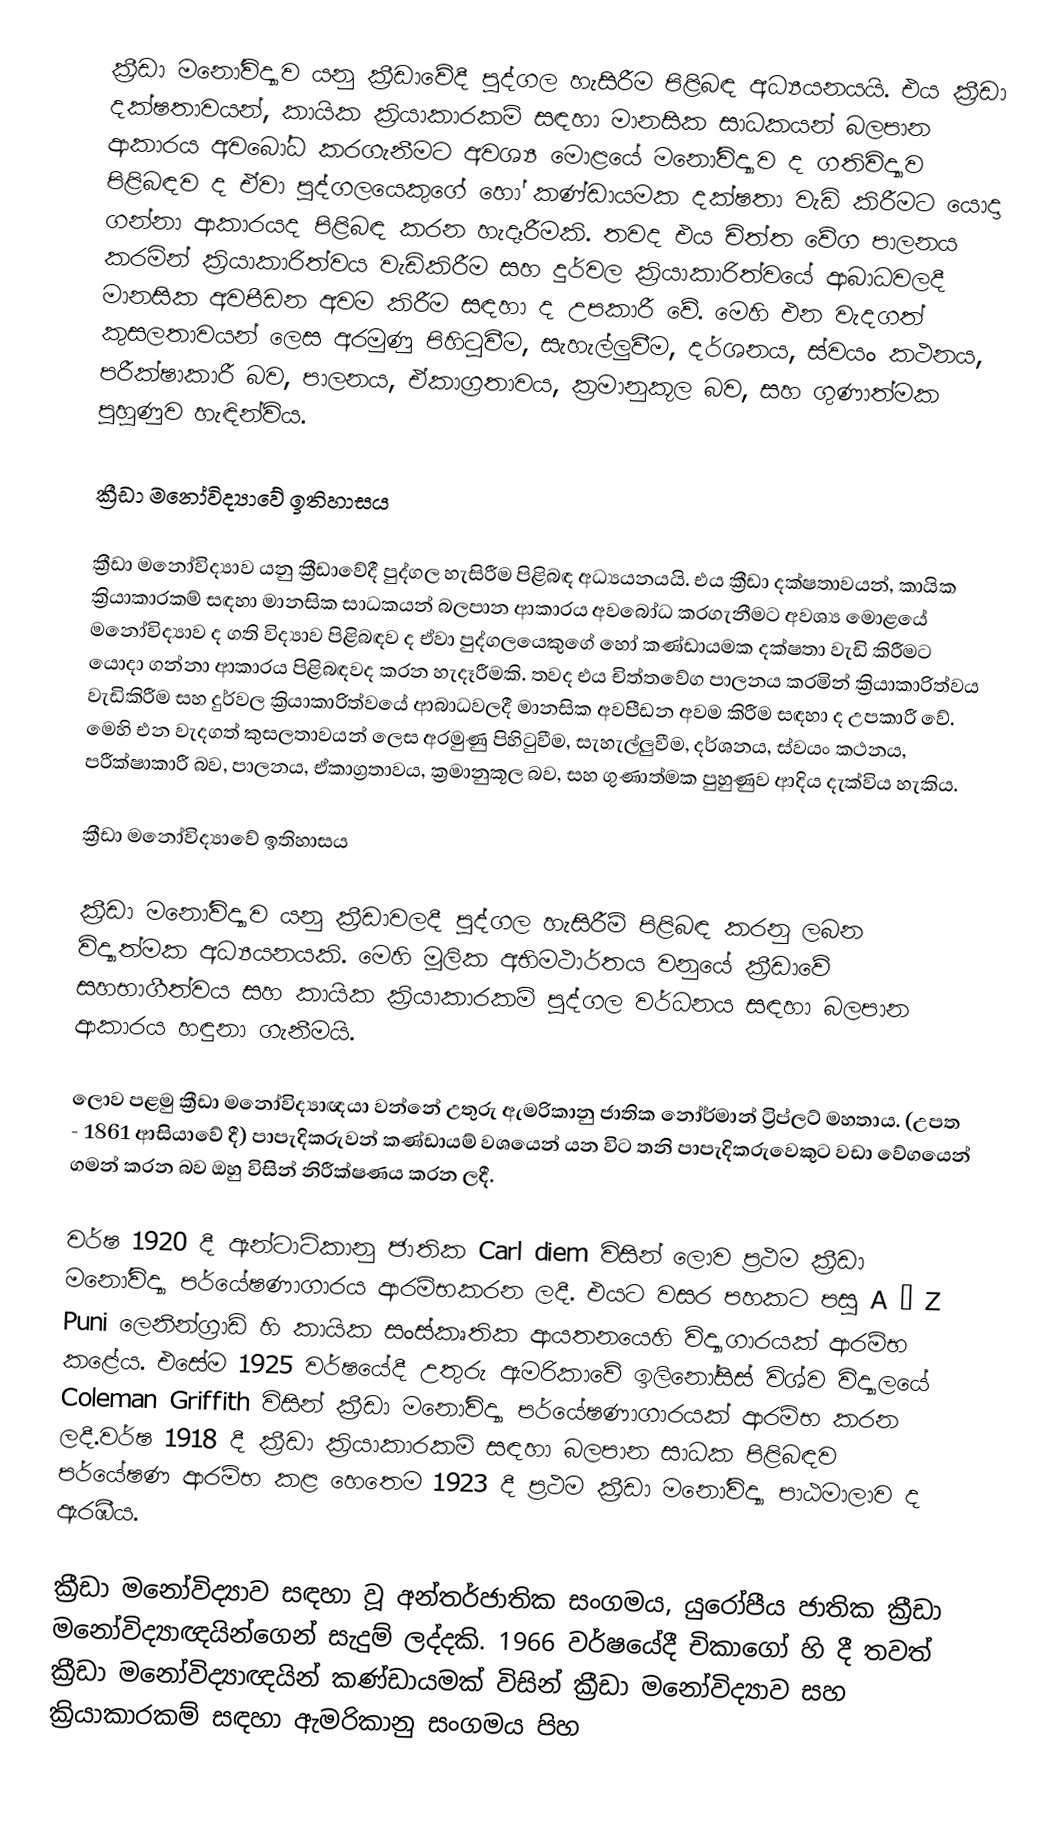
ක්‍රීඩා මනෝවිද්‍යාව යනු ක්‍රීඩාවේදී පුද්ගල හැසිරීම පිළිබඳ අධ්‍යයනයයි. එය ක්‍රීඩා දක්ෂතාවයන්, කායික ක්‍රියාකාරකම් සඳහා මානසික සාධකයන් බලපාන ආකාරය අවබෝධ කරගැනීමට අවශ්‍ය මොළයේ මනෝවිද්‍යාව ද ගතිවිද්‍යාව පිළිබඳව ද ඒවා පුද්ගලයෙකුගේ හෝ කණ්ඩායමක දක්ෂතා  වැඩි කිරීමට යොදා ගන්නා ආකාරයද පිළිබඳ කරන හැදෑරීමකි. තවද එය චිත්ත වේග පාලනය කරමින් ක්‍රියාකාරිත්වය වැඩිකිරීම සහ දුර්වල ක්‍රියාකාරිත්වයේ ආබාධවලදී මානසික අවපීඩන අවම කිරීම සඳහා ද උපකාරී වේ. මෙහි එන වැදගත් කුසලතාවයන් ලෙස අරමුණු පිහිටුවීම, සැහැල්ලුවීම, දර්ශනය, ස්වයං කථනය, පරීක්ෂාකාරී බව, පාලනය, ඒකාග්‍රතාවය, ක්‍රමානුකූල බව, සහ ගුණාත්මක පුහුණුව හැඳින්විය.

ක්‍රීඩා මනෝවිද්‍යාවේ ඉතිහාසය

ක්‍රීඩා මනෝවිද්‍යාව යනු ක්‍රීඩාවේදී පුද්ගල හැසිරීම පිළිබඳ අධ්‍යයනයයි. එය ක්‍රීඩා දක්ෂතාවයන්, කායික ක්‍රියාකාරකම් සඳහා මානසික සාධකයන් බලපාන ආකාරය අවබෝධ කරගැනීමට අවශ්‍ය මොළයේ මනෝවිද්‍යාව ද ගති විද්‍යාව පිළිබඳව ද ඒවා පුද්ගලයෙකුගේ හෝ කණ්ඩායමක දක්ෂතා වැඩි කිරීමට යොදා ගන්නා ආකාරය පිළිබඳවද කරන හැදෑරීමකි. තවද එය චිත්තවේග පාලනය කරමින් ක්‍රියාකාරිත්වය වැඩිකිරීම සහ දුර්වල ක්‍රියාකාරිත්වයේ ආබාධවලදී මානසික අවපීඩන අවම කිරීම සඳහා ද උපකාරී වේ. මෙහි එන වැදගත් කුසලතාවයන් ලෙස අරමුණු පිහිටුවීම, සැහැල්ලුවීම, දර්ශනය, ස්වයං කථනය, පරීක්ෂාකාරී බව, පාලනය, ඒකාග්‍රතාවය, ක්‍රමානුකූල බව, සහ ගුණාත්මක පුහුණුව ආදිය දැක්විය හැකිය.

ක්‍රීඩා මනෝවිද්‍යාවේ ඉතිහාසය

ක්‍රීඩා මනෝවිද්‍යාව යනු ක්‍රීඩාවලදී පුද්ගල හැසිරීම් පිළිබඳ කරනු ලබන විද්‍යාත්මක අධ්‍යයනයකි. මෙහි මූලික අභිමථාර්තය වනුයේ ක්‍රීඩාවේ සහභාගීත්වය සහ කායික ක්‍රියාකාරකම් පුද්ගල වර්ධනය සඳහා බලපාන ආකාරය හඳුනා ගැනීමයි.

ලොව පළමු ක්‍රීඩා මනෝවිද්‍යාඥයා වන්නේ උතුරු ඇමරිකානු ජාතික නෝර්මාන් ට්‍රිප්ලට් මහතාය. (උපත - 1861 ආසියාවේ දී) පාපැදිකරුවන් කණ්ඩායම් වශයෙන් යන විට තනි පාපැදිකරුවෙකුට වඩා වේගයෙන් ගමන් කරන බව ඔහු විසින් නිරීක්ෂණය කරන ලදී.

වර්ෂ 1920 දී ඇන්ටාටිකානු ජාතික Carl diem විසින් ලොව ප්‍රථම ක්‍රීඩා මනෝවිද්‍යා පර්යේෂණාගාරය ආරම්භකරන ලදී. එයට වසර පහකට පසු A – Z Puni ලෙනින්ග්‍රාඩ් හි කායික සංස්කෘතික ආයතනයෙහි විද්‍යාගාරයක් ආරම්භ කළේය. එසේම 1925 වර්ෂයේදී උතුරු ඇමරිකාවේ ඉලිනෝසිස් විශ්ව විද්‍යාලයේ Coleman Griffith විසින් ක්‍රීඩා මනෝවිද්‍යා පර්යේෂණාගාරයක් ආරම්භ කරන ලදී.වර්ෂ 1918 දී ක්‍රීඩා ක්‍රියාකාරකම් සඳහා බලපාන සාධක පිළිබඳව පර්යේෂණ ආරම්භ කළ හෙතෙම 1923 දී ප්‍රථම ක්‍රීඩා මනෝවිද්‍යා පාඨමාලාව ද ඇරඹීය.

ක්‍රීඩා මනෝවිද්‍යාව සඳහා වූ අන්තර්ජාතික සංගමය, යුරෝපීය ජාතික ක්‍රීඩා මනෝවිද්‍යාඥයින්ගෙන් සැදුම් ලද්දකි. 1966 වර්ෂයේදී චිකාගෝ හි දී තවත් ක්‍රීඩා මනෝවිද්‍යාඥයින් කණ්ඩායමක් විසින් ක්‍රීඩා මනෝවිද්‍යාව සහ ක්‍රියාකාරකම් සඳහා ඇමරිකානු සංගමය පිහ